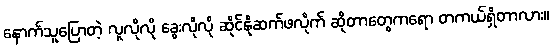
နောက်သူပြောတဲ့ လူလိုလို ခွေးလိုလို ဆိုင်နိုဆက်ဖလိုက် ဆိုတာတွေကရော တကယ်ရှိတာလား။